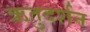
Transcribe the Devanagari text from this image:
ऋतुदर्शन